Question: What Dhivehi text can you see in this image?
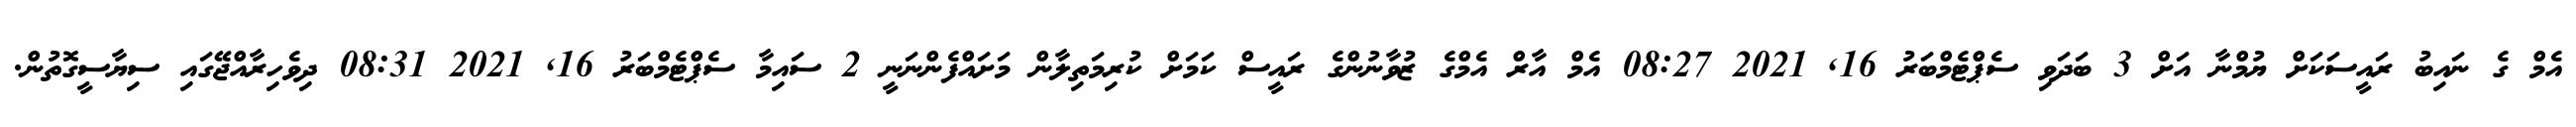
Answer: އެމް ގެ ނައިބު ރައީސަކަށް ޔުމްނާ އަށް 3 ބަދަވި ސެޕްޓެމްބަރު 16, 2021 08:27 އެމް އާރް އެމްގެ ޒުވާނުންގެ ރައީސް ކަމަށް ކުރިމަތިލާން މަށައްފެންނަނީ 2 ސައިމާ ސެޕްޓެމްބަރު 16, 2021 08:31 ދިވެހިރާއްޖޭގައި ސިޔާސީގޮތުން.